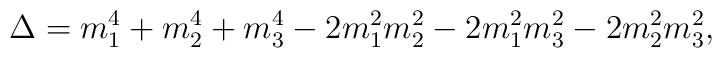
\Delta=m_1^4+m_2^4+m_3^4-2m_1^2m_2^2-2m_1^2m_3^2-2m_2^2m_3^2,